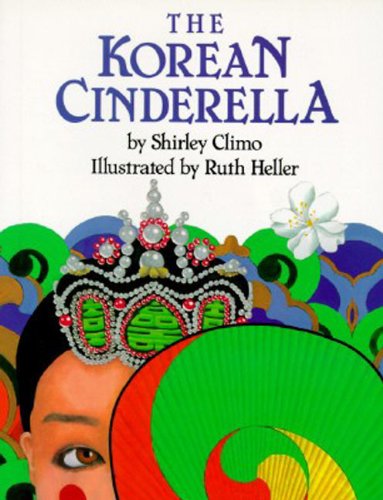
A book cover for The Korean Cinderella (Trophy Picture Books); Shirley Climo; Children's Books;